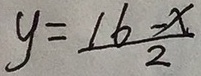
y = \frac { 1 6 - x } { 2 }